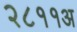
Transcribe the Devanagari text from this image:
२८११अ